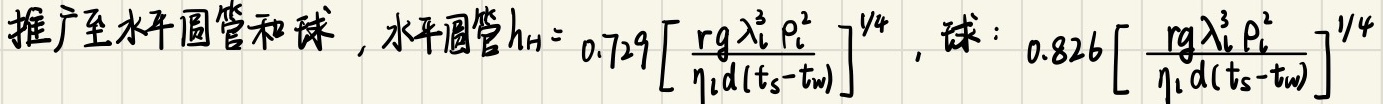
推广至水平圆管和球，水平圆管\(h_{H}=0.729\left[\frac{rg\lambda_{l}^{3}\rho_{l}^{2}}{\eta_{l}d(t_{s}-t_{w})}\right]^{1/4}\)，球：\(0.826\left[\frac{rg\lambda_{l}^{3}\rho_{l}^{2}}{\eta_{l}d(t_{s}-t_{w})}\right]^{1/4}\)